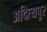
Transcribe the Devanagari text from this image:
अदित्यपुर